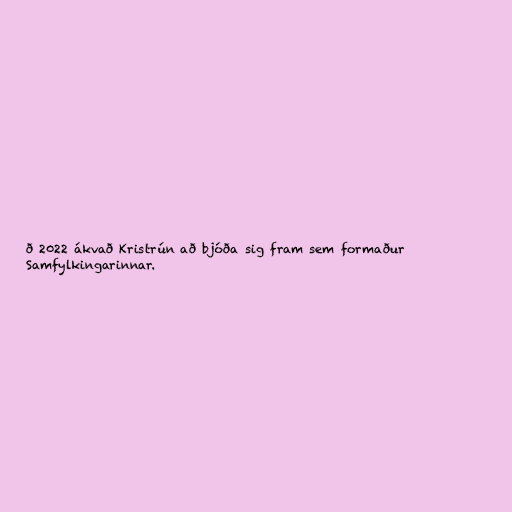
ð 2022 ákvað Kristrún að bjóða sig fram sem formaður
Samfylkingarinnar.